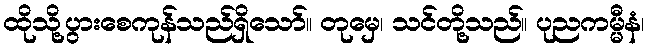
ထိုသို့ပွားစေကုန်သည်ရှိသော်။ တုမှေ၊ သင်တို့သည်။ ပုညကမ္မီနံ၊